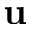
\textbf { u }